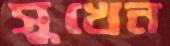
সুখেন